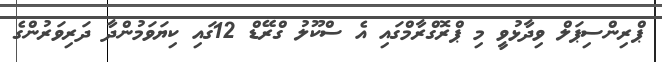
ޕްރިންސިޕަލް ވިދާޅުވީ މި ޕްރޮގްރާމްގައި އެ ސްކޫލު ގްރޭޑް 12ގައި ކިޔަވަމުންދާ ދަރިވަރުންގެ